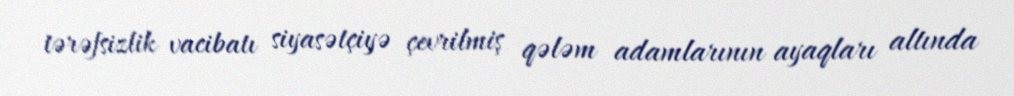
tərəfsizlik vacibatı siyasətçiyə çevrilmiş qələm adamlarının ayaqları altında